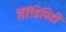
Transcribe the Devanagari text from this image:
सॆरॆंडिपिटी